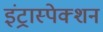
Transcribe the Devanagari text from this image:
इंट्रास्पेक्शन